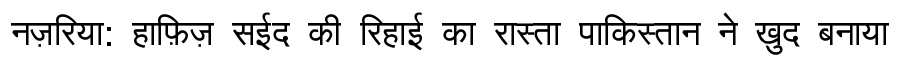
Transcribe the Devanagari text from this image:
नज़रिया: हाफ़िज़ सईद की रिहाई का रास्ता पाकिस्तान ने ख़ुद बनाया